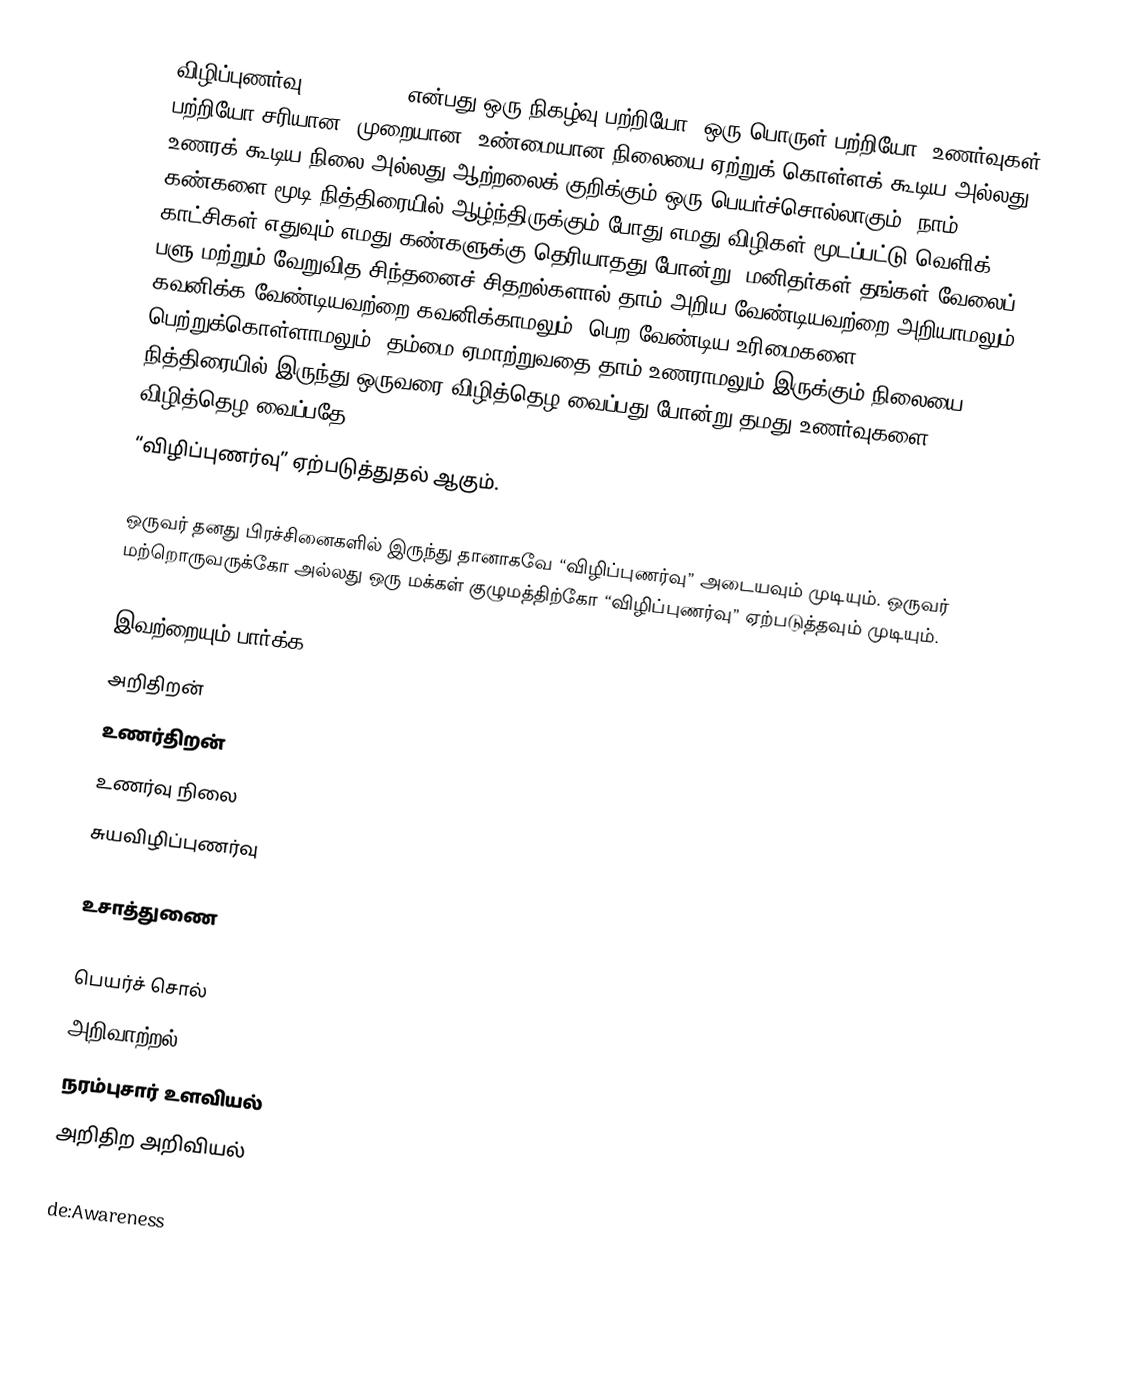
விழிப்புணர்வு (awareness) என்பது ஒரு நிகழ்வு பற்றியோ, ஒரு பொருள் பற்றியோ, உணர்வுகள் பற்றியோ சரியான, முறையான, உண்மையான நிலையை ஏற்றுக் கொள்ளக் கூடிய அல்லது உணரக் கூடிய நிலை அல்லது ஆற்றலைக் குறிக்கும் ஒரு பெயர்ச்சொல்லாகும். நாம் கண்களை மூடி நித்திரையில் ஆழ்ந்திருக்கும் போது எமது விழிகள் மூடப்பட்டு வெளிக் காட்சிகள் எதுவும் எமது கண்களுக்கு தெரியாதது போன்று, மனிதர்கள் தங்கள் வேலைப் பளு மற்றும் வேறுவித சிந்தனைச் சிதறல்களால் தாம் அறிய வேண்டியவற்றை அறியாமலும், கவனிக்க வேண்டியவற்றை கவனிக்காமலும், பெற வேண்டிய உரிமைகளை பெற்றுக்கொள்ளாமலும், தம்மை ஏமாற்றுவதை தாம் உணராமலும் இருக்கும் நிலையை, நித்திரையில் இருந்து ஒருவரை விழித்தெழ வைப்பது போன்று தமது உணர்வுகளை விழித்தெழ வைப்பதே
“விழிப்புணர்வு” ஏற்படுத்துதல் ஆகும்.

ஒருவர் தனது பிரச்சினைகளில் இருந்து தானாகவே “விழிப்புணர்வு” அடையவும் முடியும். ஒருவர் மற்றொருவருக்கோ அல்லது ஒரு மக்கள் குழுமத்திற்கோ “விழிப்புணர்வு” ஏற்படுத்தவும் முடியும்.

இவற்றையும் பார்க்க
 அறிதிறன்
 உணர்திறன்
 உணர்வு நிலை
 சுயவிழிப்புணர்வு

உசாத்துணை

பெயர்ச் சொல்
அறிவாற்றல்
நரம்புசார் உளவியல்
அறிதிற அறிவியல்

de:Awareness